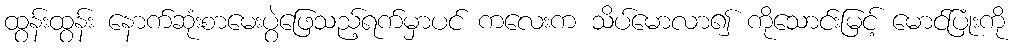
ထွန်းထွန်း နောက်ဆုံးစာမေးပွဲဖြေသည့်ရက်မှာပင် ကလေးက သိပ်မောလာ၍ ကိုသောင်းမြင့် မောင်ပြုံးကို